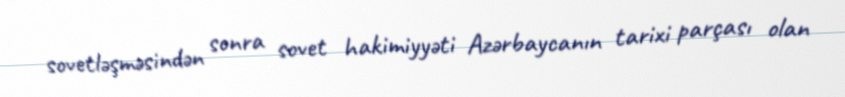
sovetləşməsindən sonra sovet hakimiyyəti Azərbaycanın tarixi parçası olan